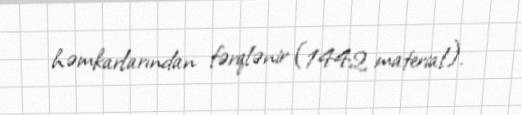
həmkarlarından fərqlənir (1442 material).